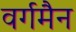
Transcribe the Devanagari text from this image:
वर्गमैन